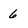
Character: 6